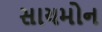
સાયમોન